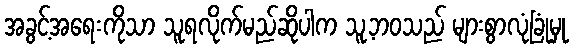
အခွင့်အရေးကိုသာ သူရလိုက်မည်ဆိုပါက သူ့ဘဝသည် များစွာလုံခြုံမှု